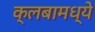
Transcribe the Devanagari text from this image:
क्लबामध्ये